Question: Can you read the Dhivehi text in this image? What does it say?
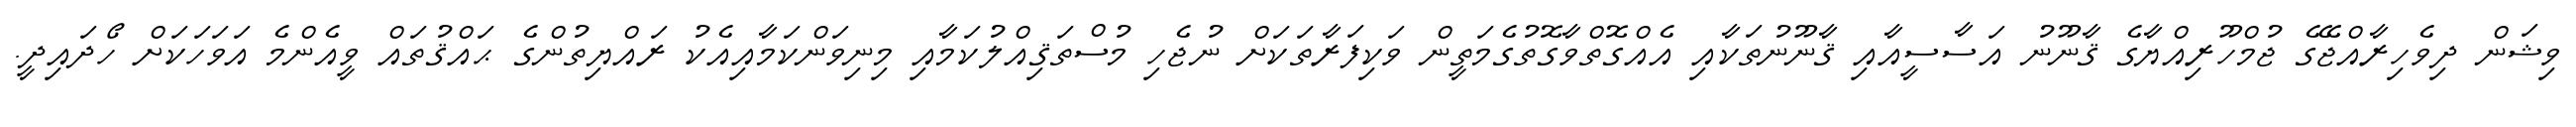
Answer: ވިޝަން ދިވެހިރާއްޖޭގެ ޖުމްހޫރިއްޔާގެ ޤާނޫނު އަސާސީއާއި ޤާނޫނުތަކާއި އެއްގޮތްވާގޮތުގެމަތީން ވަކިފަރާތަކަށް ނުޖެހި މުސްތަޤިއްލުކަމާއި މިނިވަންކަމާއިއެކު ރައްޔިތުންގެ ޙައްޤުތައް ވީއެންމެ އަވަހަކަށް ހޯދައިދީ.